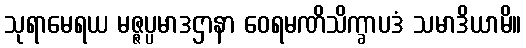
သုရာမေရယ မဇ္ဇပ္ပမာဒဌာနာ ဝေရမဏိသိက္ခာပဒံ သမာဒိယာမိ။